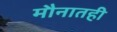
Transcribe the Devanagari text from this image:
मौनातही